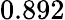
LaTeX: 0.892